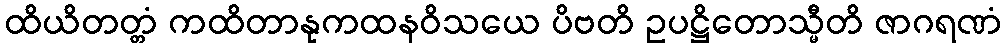
ထိယိတတ္တံ ကထိတာနုကထနဝိသယေ ပိဗတိ ဥပဋ္ဌိတောသ္မီတိ ဇာဂရဏံ